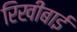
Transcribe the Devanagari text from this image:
रिखीबाई